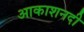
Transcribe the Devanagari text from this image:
आकाशनदी